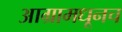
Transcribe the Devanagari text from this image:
आग्रामधूनच